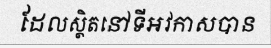
ដែលស្ថិតនៅទីអវកាសបាន